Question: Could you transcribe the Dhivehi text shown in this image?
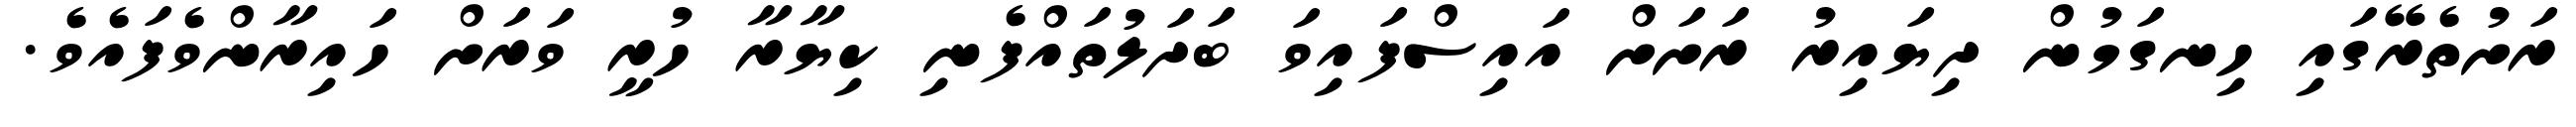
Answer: ރަށުތެރޭގައި ހިނގަމުން ދިޔައިރު ރަށަށް އައިސްފައިވަ ބަދަލުތައްފެނި ކިޔާރާ ހުރީ ވަރަށް ހައިރާންވެފައެވެ.